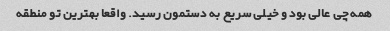
همه چی عالی بود و خیلی سریع به دستمون رسید. واقعا بهترین تو منطقه